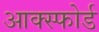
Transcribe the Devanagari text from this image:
आक्स्फोर्ड